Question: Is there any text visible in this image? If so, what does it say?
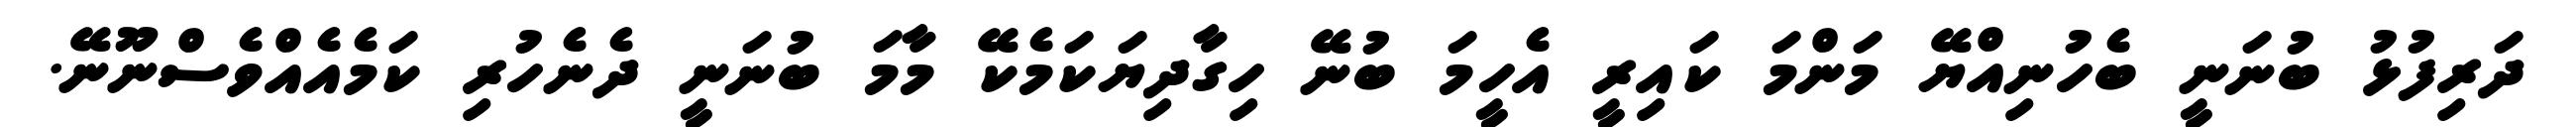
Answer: ދަރިފުޅު ބުނަނީ ބެހުނިއްޔޭ މަންމަ ކައިރީ އެހީމަ ބުނޭ ހިގާދިޔަކަމެކޭ މާމަ ބުނަނީ ދެނެހުރި ކަމެއެއްވެސްނޫނޭ.